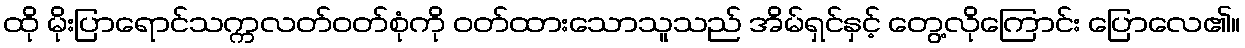
ထို မိုးပြာရောင်သက္ကလတ်ဝတ်စုံကို ဝတ်ထားသောသူသည် အိမ်ရှင်နှင့် တွေ့လိုကြောင်း ပြောလေ၏။